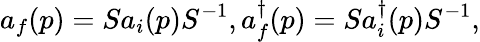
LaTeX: a_{f}(p)=Sa_{i}(p)S^{-1},a_{f}^{\dagger}(p)=Sa_{i}^{\dagger}(p)S^{-1},